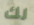
لك